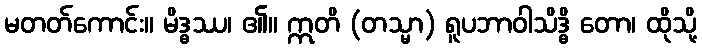
မတတ်ကောင်း။ မိဒ္ဓဿ၊ ၏။ ဣတိ (တသ္မာ) ရူပဘာဝါသိဒ္ဓိ တော၊ ထိုသို့